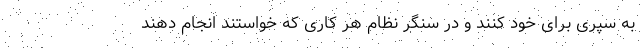
به سپری برای خود کنند و در سنگر نظام هر کاری که خواستند انجام دهند